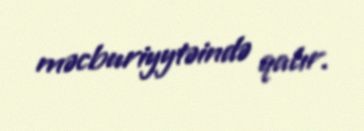
məcburiyytəində qalır.